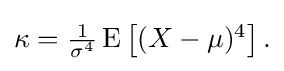
{\textstyle \kappa ={\tfrac {1}{\sigma ^{4}}}\operatorname {E} \left[(X-\mu )^{4}\right].}